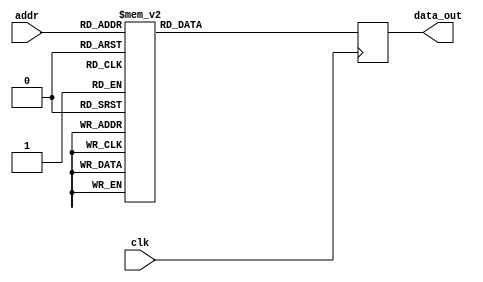
module twiddle_ROM_real_10(
    input wire clk,
    input wire [4:0] addr,
    output reg [15:0] data_out
);

always @(posedge clk) begin
    case(addr)

5'b00000: data_out <= 16'h0100 ;
5'b00001: data_out <= 16'h0100 ;
5'b00010: data_out <= 16'h0100 ;
5'b00011: data_out <= 16'h0100 ;
5'b00100: data_out <= 16'h0100 ;
5'b00101: data_out <= 16'h0000 ;
5'b00110: data_out <= 16'h0100 ;
5'b00111: data_out <= 16'h0000 ;
5'b01000: data_out <= 16'h0100 ;
5'b01001: data_out <= 16'h00B5 ;
5'b01010: data_out <= 16'h0000 ;
5'b01011: data_out <= 16'hFF4A ;
5'b01100: data_out <= 16'h0100 ;
5'b01101: data_out <= 16'h00EC ;
5'b01110: data_out <= 16'h00B5 ;
5'b01111: data_out <= 16'h0061 ;
5'b10000: data_out <= 16'h0000 ;
5'b10001: data_out <= 16'hFFCE ;
5'b10010: data_out <= 16'hFF9E ;
5'b10011: data_out <= 16'hFF71 ;
5'b10100: data_out <= 16'h00B5 ;
5'b10101: data_out <= 16'h00A2 ;
5'b10110: data_out <= 16'h008E ;
5'b10111: data_out <= 16'h0078 ;
5'b11000: data_out <= 16'hFF9E ;
5'b11001: data_out <= 16'hFF92 ;
5'b11010: data_out <= 16'hFF87 ;
5'b11011: data_out <= 16'hFF7C ;


        default: data_out <= 16'h00000;
    endcase
end

endmodule